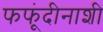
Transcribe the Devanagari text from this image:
फफूंदीनाशी